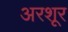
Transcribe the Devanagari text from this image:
अरशूर